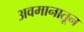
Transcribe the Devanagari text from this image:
अवमानातून